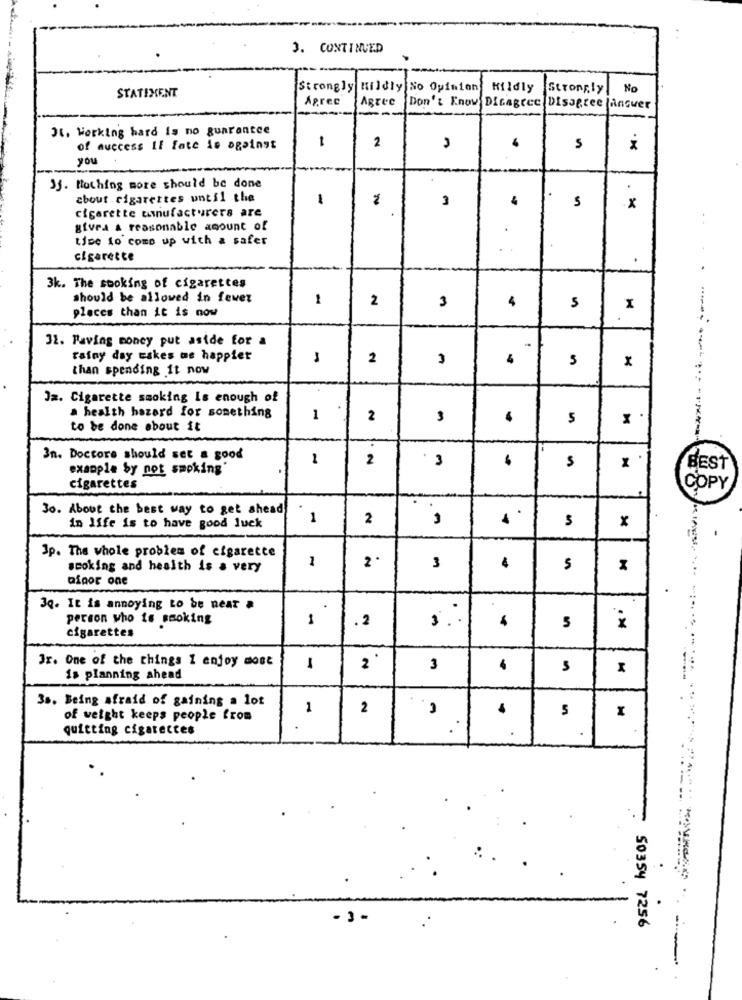
3. CONTINUED
Strongly Mildly No Opinion Kildly
Strongly
No
STATEMENT
Agree
Agree
Don't Know Disagree Disagree Answer
IL. Working hard is no guarantee
1
of success If fate is against
2
you
33. Nothing more should be done
cbout . cigarettes until the
1
3
4
cigarette umnufacturers are
5
x
givea a reasonable amount of
.
time to come up with a safer
cigarette
-
3k. The sooking of cigarettes
should be allowed in fewer
1
2
3
4
places than it is now
5
32. Paving money put aside for a
rainy day eskes me happier
2
4
5
x
than spending it now
.-------
Ja. Cigarette smoking Is enough of
a health hazard for something
1
2
5
to be done about it
3n. Doctore should set a good
2
3
example by not smoking'
BEST
cigarettes
COPY
30. About the best way to get ahead
2
in life is to have good luck
x
3p. The whole problem of cigarette
1
scoking and health is a very
2
3
5
afpor one
Jq. It is annoying to be near a
person who is smoking
.2
3 .
cigarettes
5
Jr. One of the things 1 enjoy most
1
2'
3
is planning ahead
3s. Being afraid of gaining a lot
1
2
of weight keeps people from
quitting cigarettes
-3-
50354 7256
*==========-